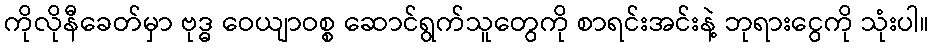
ကိုလိုနီခေတ်မှာ ဗုဒ္ဓ ဝေယျာဝစ္စ ဆောင်ရွက်သူတွေကို စာရင်းအင်းနဲ့ ဘုရားငွေကို သုံးပါ။